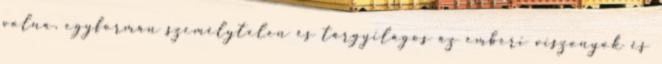
volna, egyformán személytelen és tárgyilagos az emberi viszonyok és